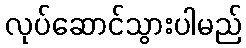
လုပ်ဆောင်သွားပါမည်